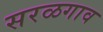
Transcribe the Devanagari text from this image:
सरळगाव